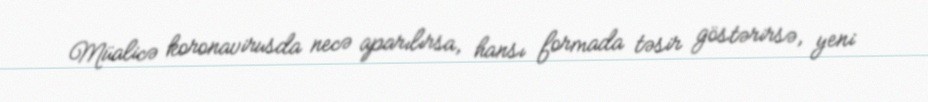
Müalicə koronavirusda necə aparılırsa, hansı formada təsir göstərirsə, yeni